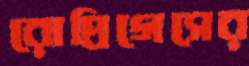
রোদ্রিগেসের